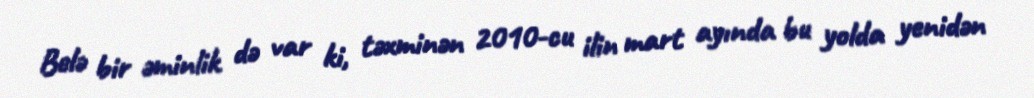
Belə bir əminlik də var ki, təxminən 2010-cu ilin mart ayında bu yolda yenidən